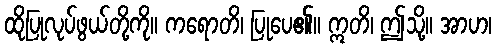
ထိုပြုလုပ်ဖွယ်တို့ကို။ ကရောတိ၊ ပြုပေ၏။ ဣတိ၊ ဤသို့။ အာဟ၊